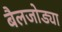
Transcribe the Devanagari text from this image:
बैलजोड्या